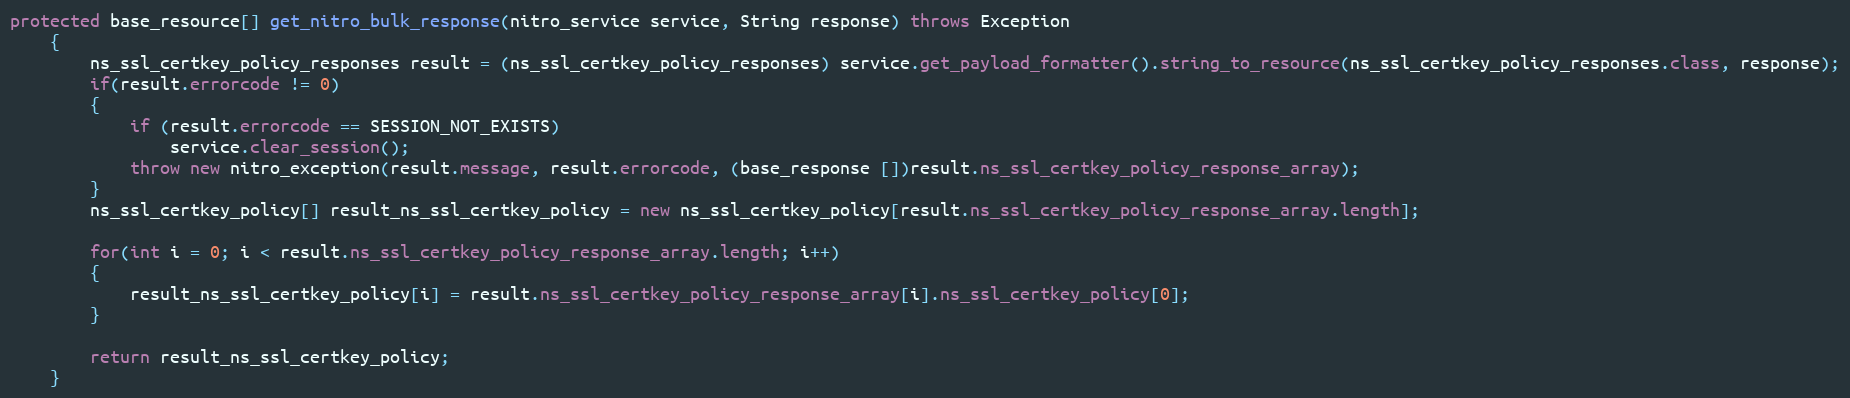
Language: Java
protected base_resource[] get_nitro_bulk_response(nitro_service service, String response) throws Exception
	{
		ns_ssl_certkey_policy_responses result = (ns_ssl_certkey_policy_responses) service.get_payload_formatter().string_to_resource(ns_ssl_certkey_policy_responses.class, response);
		if(result.errorcode != 0)
		{
			if (result.errorcode == SESSION_NOT_EXISTS)
				service.clear_session();
			throw new nitro_exception(result.message, result.errorcode, (base_response [])result.ns_ssl_certkey_policy_response_array);
		}
		ns_ssl_certkey_policy[] result_ns_ssl_certkey_policy = new ns_ssl_certkey_policy[result.ns_ssl_certkey_policy_response_array.length];

		for(int i = 0; i < result.ns_ssl_certkey_policy_response_array.length; i++)
		{
			result_ns_ssl_certkey_policy[i] = result.ns_ssl_certkey_policy_response_array[i].ns_ssl_certkey_policy[0];
		}

		return result_ns_ssl_certkey_policy;
	}